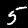
Digit: 5